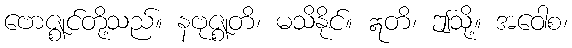
ဗောဇ္ဈင်တို့သည်။ နဗုဇ္ဈတိ၊ မသိနိုင်။ ဣတိ၊ ဤသို့။ အဝေါစ၊